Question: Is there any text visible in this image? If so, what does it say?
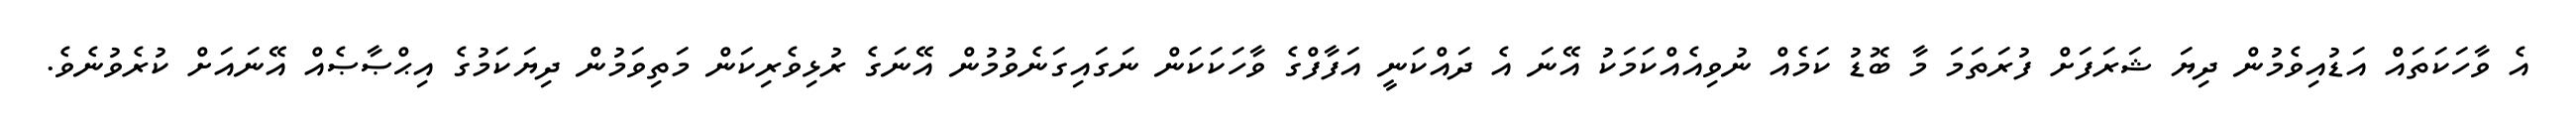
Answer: އެ ވާހަކަތައް އަޑުއިވެމުން ދިޔަ ޝަރަފަށް ފުރަތަމަ މާ ބޮޑު ކަމެއް ނުވިއެއްކަމަކު އޭނަ އެ ދައްކަނީ އަފާފްގެ ވާހަކަކަން ނަގައިގަނެވުމުން އޭނަގެ ރުޅިވެރިކަން މަތިވަމުން ދިޔަކަމުގެ އިޙްޞާޞެއް އޭނައަށް ކުރެވުނެވެ.